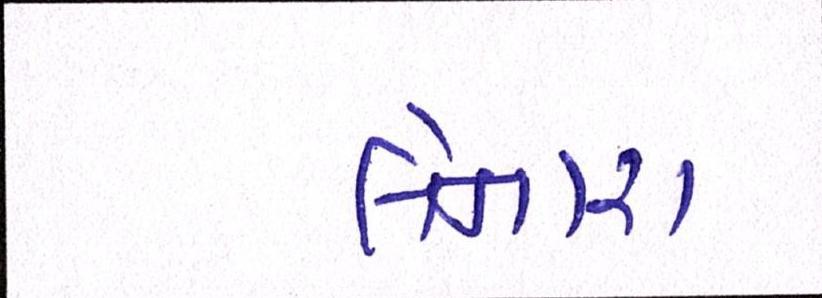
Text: લેનારા